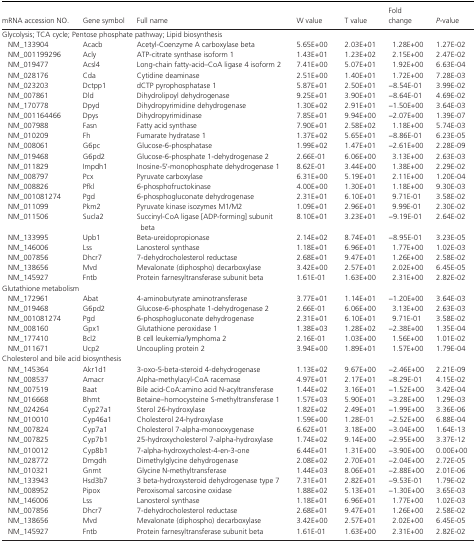
<table><thead><tr><td><b>mRNA accession NO.</b></td><td><b>Gene symbol</b></td><td><b>Full name</b></td><td><b>W value</b></td><td><b>T value</b></td><td><b>Fold change</b></td><td><b><i>P</i>‐value</b></td></tr></thead><tbody><tr><td colspan="7">Glycolysis; TCA cycle; Pentose phosphate pathway; Lipid biosynthesis</td></tr><tr><td>NM_133904</td><td>Acacb</td><td>Acetyl‐Coenzyme A carboxylase beta</td><td>5.65E+00</td><td>2.03E+01</td><td>1.28E+00</td><td>1.27E‐02</td></tr><tr><td>NM_001199296</td><td>Acly</td><td>ATP‐citrate synthase isoform 1</td><td>1.43E+01</td><td>1.23E+02</td><td>2.15E+00</td><td>2.47E‐02</td></tr><tr><td>NM_019477</td><td>Acsl4</td><td>Long‐chain fatty‐acid–CoA ligase 4 isoform 2</td><td>7.41E+00</td><td>5.07E+01</td><td>1.92E+00</td><td>6.63E‐04</td></tr><tr><td>NM_028176</td><td>Cda</td><td>Cytidine deaminase</td><td>2.51E+00</td><td>1.40E+01</td><td>1.72E+00</td><td>7.28E‐03</td></tr><tr><td>NM_023203</td><td>Dctpp1</td><td>dCTP pyrophosphatase 1</td><td>5.87E+01</td><td>2.50E+01</td><td>−8.54E‐01</td><td>3.99E‐02</td></tr><tr><td>NM_007861</td><td>Dld</td><td>Dihydrolipoyl dehydrogenase</td><td>9.25E+01</td><td>3.90E+01</td><td>−8.64E‐01</td><td>4.69E‐02</td></tr><tr><td>NM_170778</td><td>Dpyd</td><td>Dihydropyrimidine dehydrogenase</td><td>1.30E+02</td><td>2.91E+01</td><td>−1.50E+00</td><td>3.64E‐03</td></tr><tr><td>NM_001164466</td><td>Dpys</td><td>Dihydropyrimidinase</td><td>7.85E+01</td><td>9.94E+00</td><td>−2.07E+00</td><td>1.39E‐07</td></tr><tr><td>NM_007988</td><td>Fasn</td><td>Fatty acid synthase</td><td>7.90E+01</td><td>2.58E+02</td><td>1.18E+00</td><td>5.74E‐03</td></tr><tr><td>NM_010209</td><td>Fh</td><td>Fumarate hydratase 1</td><td>1.37E+02</td><td>5.65E+01</td><td>−8.86E‐01</td><td>6.23E‐05</td></tr><tr><td>NM_008061</td><td>G6pc</td><td>Glucose‐6‐phosphatase</td><td>1.99E+02</td><td>1.47E+01</td><td>−2.61E+00</td><td>2.28E‐09</td></tr><tr><td>NM_019468</td><td>G6pd2</td><td>Glucose‐6‐phosphate 1‐dehydrogenase 2</td><td>2.66E‐01</td><td>6.06E+00</td><td>3.13E+00</td><td>2.63E‐03</td></tr><tr><td>NM_011829</td><td>Impdh1</td><td>Inosine‐5′‐monophosphate dehydrogenase 1</td><td>8.62E‐01</td><td>3.44E+00</td><td>1.38E+00</td><td>2.29E‐02</td></tr><tr><td>NM_008797</td><td>Pcx</td><td>Pyruvate carboxylase</td><td>6.31E+00</td><td>5.19E+01</td><td>2.11E+00</td><td>1.20E‐04</td></tr><tr><td>NM_008826</td><td>Pfkl</td><td>6‐phosphofructokinase</td><td>4.00E+00</td><td>1.30E+01</td><td>1.18E+00</td><td>9.30E‐03</td></tr><tr><td>NM_001081274</td><td>Pgd</td><td>6‐phosphogluconate dehydrogenase</td><td>2.31E+01</td><td>6.10E+01</td><td>9.71E‐01</td><td>3.58E‐02</td></tr><tr><td>NM_011099</td><td>Pkm2</td><td>Pyruvate kinase isozymes M1/M2</td><td>1.09E+01</td><td>2.96E+01</td><td>9.99E‐01</td><td>2.30E‐02</td></tr><tr><td>NM_011506</td><td>Sucla2</td><td>Succinyl‐CoA ligase [ADP‐forming] subunit beta</td><td>8.10E+01</td><td>3.23E+01</td><td>−9.19E‐01</td><td>2.64E‐02</td></tr><tr><td>NM_133995</td><td>Upb1</td><td>Beta‐ureidopropionase</td><td>2.14E+02</td><td>8.74E+01</td><td>−8.95E‐01</td><td>3.23E‐05</td></tr><tr><td>NM_146006</td><td>Lss</td><td>Lanosterol synthase</td><td>1.18E+01</td><td>6.96E+01</td><td>1.77E+00</td><td>1.02E‐03</td></tr><tr><td>NM_007856</td><td>Dhcr7</td><td>7‐dehydrocholesterol reductase</td><td>2.68E+01</td><td>9.47E+01</td><td>1.26E+00</td><td>2.58E‐02</td></tr><tr><td>NM_138656</td><td>Mvd</td><td>Mevalonate (diphospho) decarboxylase</td><td>3.42E+00</td><td>2.57E+01</td><td>2.02E+00</td><td>6.45E‐05</td></tr><tr><td>NM_145927</td><td>Fntb</td><td>Protein farnesyltransferase subunit beta</td><td>1.61E‐01</td><td>1.63E+00</td><td>2.31E+00</td><td>2.82E‐02</td></tr><tr><td colspan="7">Glutathione metabolism</td></tr><tr><td>NM_172961</td><td>Abat</td><td>4‐aminobutyrate aminotransferase</td><td>3.77E+01</td><td>1.14E+01</td><td>−1.20E+00</td><td>3.64E‐03</td></tr><tr><td>NM_019468</td><td>G6pd2</td><td>Glucose‐6‐phosphate 1‐dehydrogenase 2</td><td>2.66E‐01</td><td>6.06E+00</td><td>3.13E+00</td><td>2.63E‐03</td></tr><tr><td>NM_001081274</td><td>Pgd</td><td>6‐phosphogluconate dehydrogenase</td><td>2.31E+01</td><td>6.10E+01</td><td>9.71E‐01</td><td>3.58E‐02</td></tr><tr><td>NM_008160</td><td>Gpx1</td><td>Glutathione peroxidase 1</td><td>1.38E+03</td><td>1.28E+02</td><td>−2.38E+00</td><td>1.35E‐04</td></tr><tr><td>NM_177410</td><td>Bcl2</td><td>B cell leukemia/lymphoma 2</td><td>2.16E‐01</td><td>1.03E+00</td><td>1.56E+00</td><td>1.01E‐02</td></tr><tr><td>NM_011671</td><td>Ucp2</td><td>Uncoupling protein 2</td><td>3.94E+00</td><td>1.89E+01</td><td>1.57E+00</td><td>1.79E‐04</td></tr><tr><td colspan="7">Cholesterol and bile acid biosynthesis</td></tr><tr><td>NM_145364</td><td>Akr1d1</td><td>3‐oxo‐5‐beta‐steroid 4‐dehydrogenase</td><td>1.13E+02</td><td>9.67E+00</td><td>−2.46E+00</td><td>2.21E‐09</td></tr><tr><td>NM_008537</td><td>Amacr</td><td>Alpha‐methylacyl‐CoA racemase</td><td>4.97E+01</td><td>2.17E+01</td><td>−8.29E‐01</td><td>4.15E‐02</td></tr><tr><td>NM_007519</td><td>Baat</td><td>Bile acid‐CoA:amino acid N‐acyltransferase</td><td>1.44E+02</td><td>3.16E+01</td><td>−1.52E+00</td><td>3.42E‐04</td></tr><tr><td>NM_016668</td><td>Bhmt</td><td>Betaine–homocysteine S‐methyltransferase 1</td><td>1.57E+03</td><td>5.90E+01</td><td>−3.28E+00</td><td>1.29E‐03</td></tr><tr><td>NM_024264</td><td>Cyp27a1</td><td>Sterol 26‐hydroxylase</td><td>1.82E+02</td><td>2.49E+01</td><td>−1.99E+00</td><td>3.36E‐06</td></tr><tr><td>NM_010010</td><td>Cyp46a1</td><td>Cholesterol 24‐hydroxylase</td><td>1.59E+00</td><td>1.28E‐01</td><td>−2.52E+00</td><td>6.88E‐04</td></tr><tr><td>NM_007824</td><td>Cyp7a1</td><td>Cholesterol 7‐alpha‐monooxygenase</td><td>6.62E+01</td><td>3.18E+00</td><td>−3.04E+00</td><td>1.64E‐13</td></tr><tr><td>NM_007825</td><td>Cyp7b1</td><td>25‐hydroxycholesterol 7‐alpha‐hydroxylase</td><td>1.74E+02</td><td>9.14E+00</td><td>−2.95E+00</td><td>3.37E‐12</td></tr><tr><td>NM_010012</td><td>Cyp8b1</td><td>7‐alpha‐hydroxycholest‐4‐en‐3‐one</td><td>6.44E+01</td><td>1.31E+00</td><td>−3.90E+00</td><td>0.00E+00</td></tr><tr><td>NM_028772</td><td>Dmgdh</td><td>Dimethylglycine dehydrogenase</td><td>2.08E+02</td><td>2.70E+01</td><td>−2.04E+00</td><td>2.72E‐05</td></tr><tr><td>NM_010321</td><td>Gnmt</td><td>Glycine N‐methyltransferase</td><td>1.44E+03</td><td>8.06E+01</td><td>−2.88E+00</td><td>2.01E‐06</td></tr><tr><td>NM_133943</td><td>Hsd3b7</td><td>3 beta‐hydroxysteroid dehydrogenase type 7</td><td>7.31E+01</td><td>2.82E+01</td><td>−9.53E‐01</td><td>1.79E‐02</td></tr><tr><td>NM_008952</td><td>Pipox</td><td>Peroxisomal sarcosine oxidase</td><td>1.88E+02</td><td>5.13E+01</td><td>−1.30E+00</td><td>3.65E‐03</td></tr><tr><td>NM_146006</td><td>Lss</td><td>Lanosterol synthase</td><td>1.18E+01</td><td>6.96E+01</td><td>1.77E+00</td><td>1.02E‐03</td></tr><tr><td>NM_007856</td><td>Dhcr7</td><td>7‐dehydrocholesterol reductase</td><td>2.68E+01</td><td>9.47E+01</td><td>1.26E+00</td><td>2.58E‐02</td></tr><tr><td>NM_138656</td><td>Mvd</td><td>Mevalonate (diphospho) decarboxylase</td><td>3.42E+00</td><td>2.57E+01</td><td>2.02E+00</td><td>6.45E‐05</td></tr><tr><td>NM_145927</td><td>Fntb</td><td>Protein farnesyltransferase subunit beta</td><td>1.61E‐01</td><td>1.63E+00</td><td>2.31E+00</td><td>2.82E‐02</td></tr></tbody></table>